Indian Medical Review
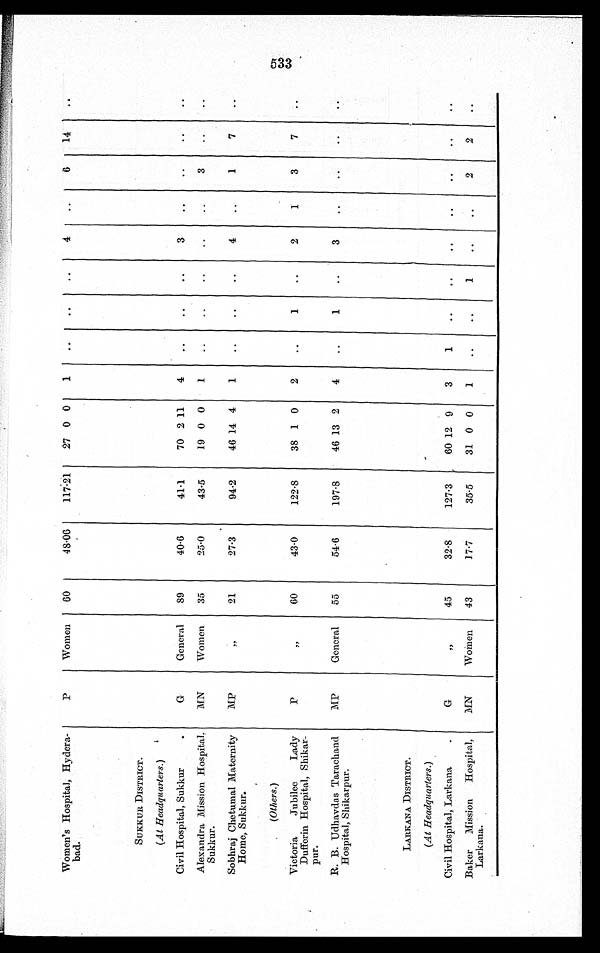
Women’’s Hospital,Hydera-
bad.
P
Women
60
48.06
117.21
27 0 0
1
..
..
..
4
..
6
14
..
SUKKUR DISTRICT.
(At Headquarters.)
Civil Hospital, Sukkur
.
G
General
89
40.6
41.1
70 2 11
4
..
..
..
3
..
..
..
. .
Alexandra Mission Hospital,
Sukkur.
MN
Women
35
25.0
43.5
19 0 0
1
..
..
..
..
..
3
. .
. .
Sobhraj Chetumal Maternity
Home, Sukkur.
MP
„
21
27.3
94.2
46 14 4
1
..
..
..
4
..
1
7
..
(Others.)
Victoria
Jubilee
Lady
Dufferin Hospital, Shikar-
pur.
P
„
60
43.0
122.8
38 1 0
2
..
1
..
2
1
3
7
..
R. B. Udhavdas Tarachand
Hospital, Shikarpur.
MP
General
55
54.6
197.8
46 13 2
4
..
1
..
3
. .
. .
. .
. .
LARKANA DISTRICT.
(At Headquarters.)
Civil Hospital, Larkana
.
G
„
45
32.8
127.3
60 12 9
3
1
. .
. .
. .
. .
. .
. .
. .
Baker
Mission
Hospital,
Larkana.
MN
Women
43
17.7
35.5
31 0 0
1
..
..
1
..
..
2
2
..